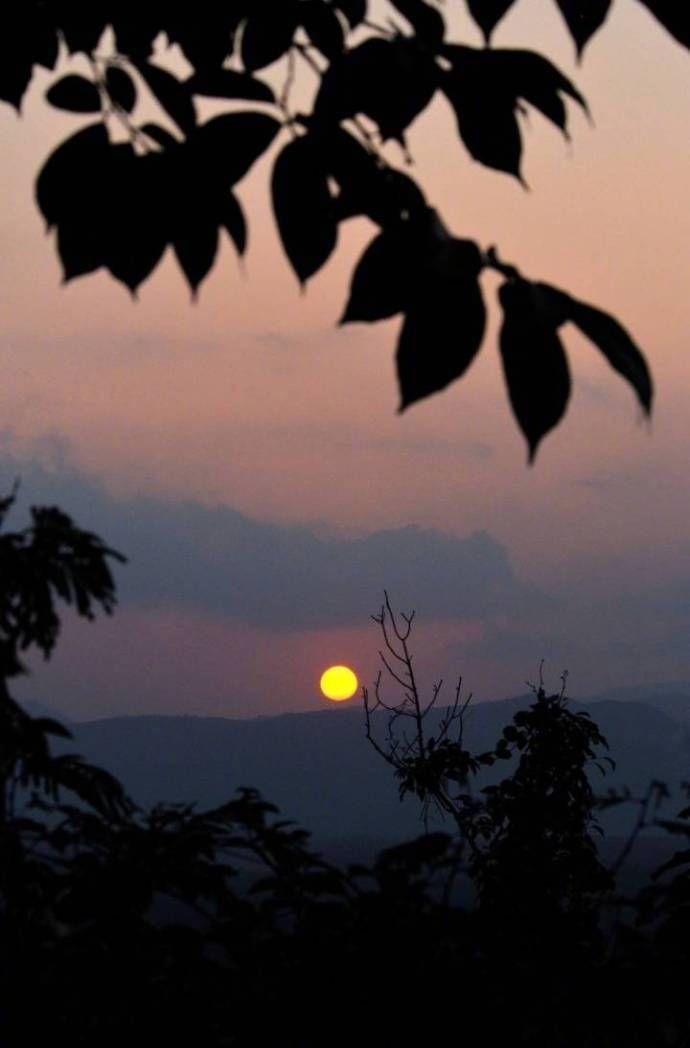
从来幽怨应无数？铁马金戈，青冢黄昏路。